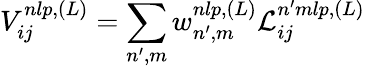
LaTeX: V_{ij}^{nlp,(L)}=\sum_{n^{\prime},m}w_{n^{\prime},m}^{nlp,(L)}\mathcal{L}_{ij}^{n^{\prime}mlp,(L)}